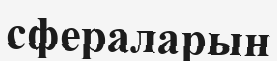
сфераларын